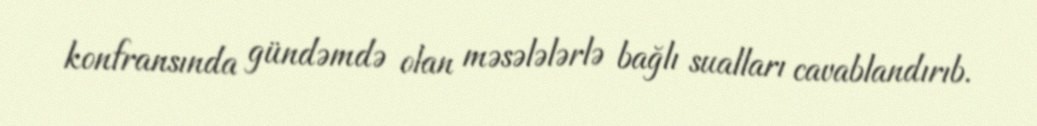
konfransında gündəmdə olan məsələlərlə bağlı sualları cavablandırıb.